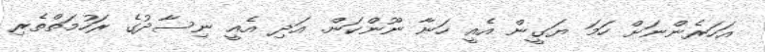
އަހަރެންނަށް ހަމަ ޔަގީން އެއީ ހަނާ ނޫންކަން. އަދި އެއީ ނިސާދުގެ ރަހުމަތްތެރި